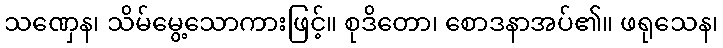
သဏှေန၊ သိမ်မွေ့သောကားဖြင့်။ စုဒိတော၊ စောဒနာအပ်၏။ ဖရုသေန၊